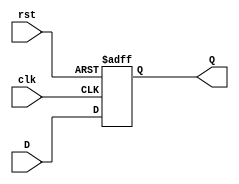

`timescale 1ns/1ns

module dflipflop
(input clk, input rst, input D, output reg Q);
always @ (posedge clk or posedge rst) begin // Asynchronous Reset
if (rst)
Q <= 1'b0;
else
Q <= D;
end
endmodule